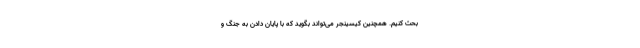
بحث کنیم. همچنین کیسینجر می‌تواند بگوید که با پایان دادن به جنگ و